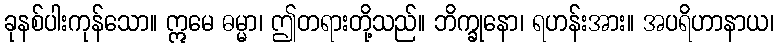
ခုနစ်ပါးကုန်သော။ ဣမေ ဓမ္မာ၊ ဤတရားတို့သည်။ ဘိက္ခုနော၊ ရဟန်းအား။ အပရိဟာနာယ၊